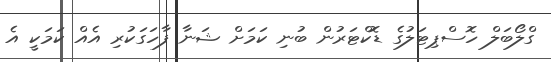
ގްލޯބަލް ހޮސްޕިޓަލުގެ ޑޮކްޓަރުން ބުނި ކަމަށް ޝަނާ ފާހަގަކުރި އެއް ކަމަކީ އެ